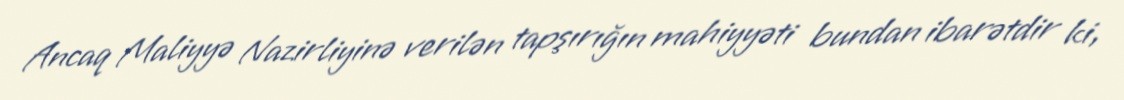
Ancaq Maliyyə Nazirliyinə verilən tapşırığın mahiyyəti bundan ibarətdir ki,